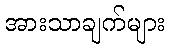
အားသာချက်များ